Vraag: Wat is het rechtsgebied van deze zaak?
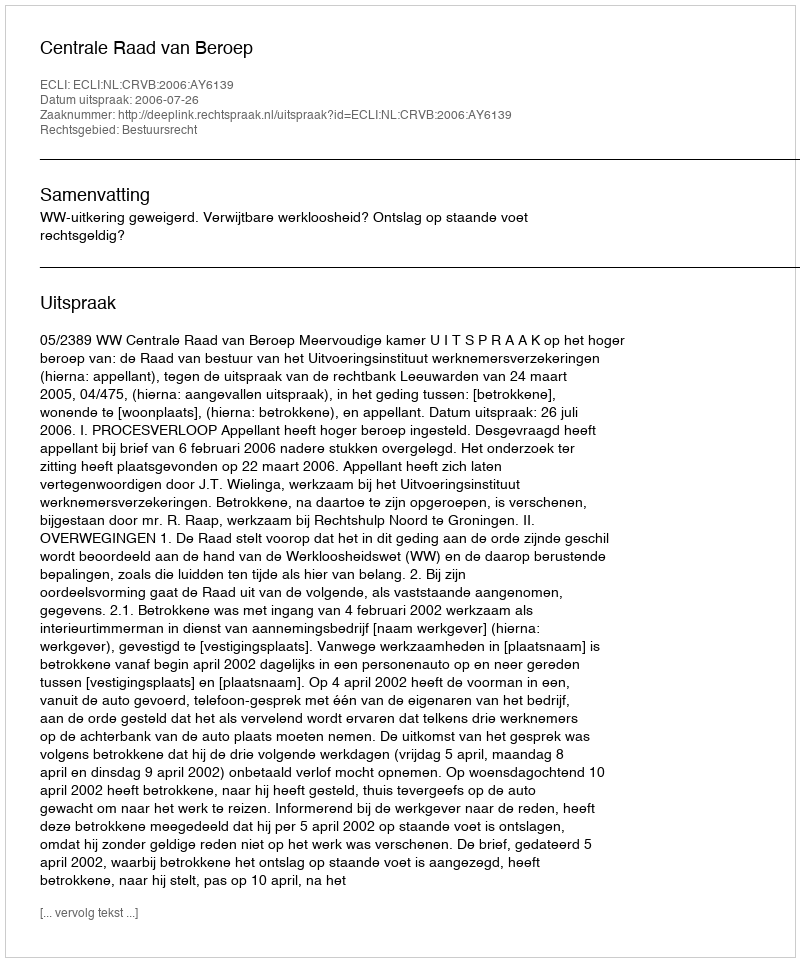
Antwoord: Bestuursrecht